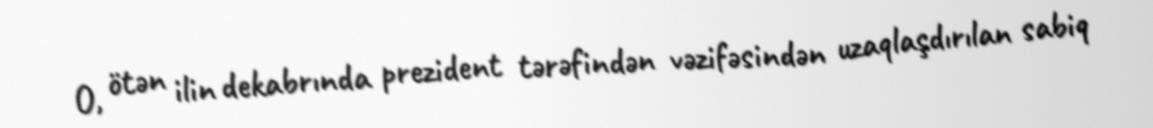
O, ötən ilin dekabrında prezident tərəfindən vəzifəsindən uzaqlaşdırılan sabiq